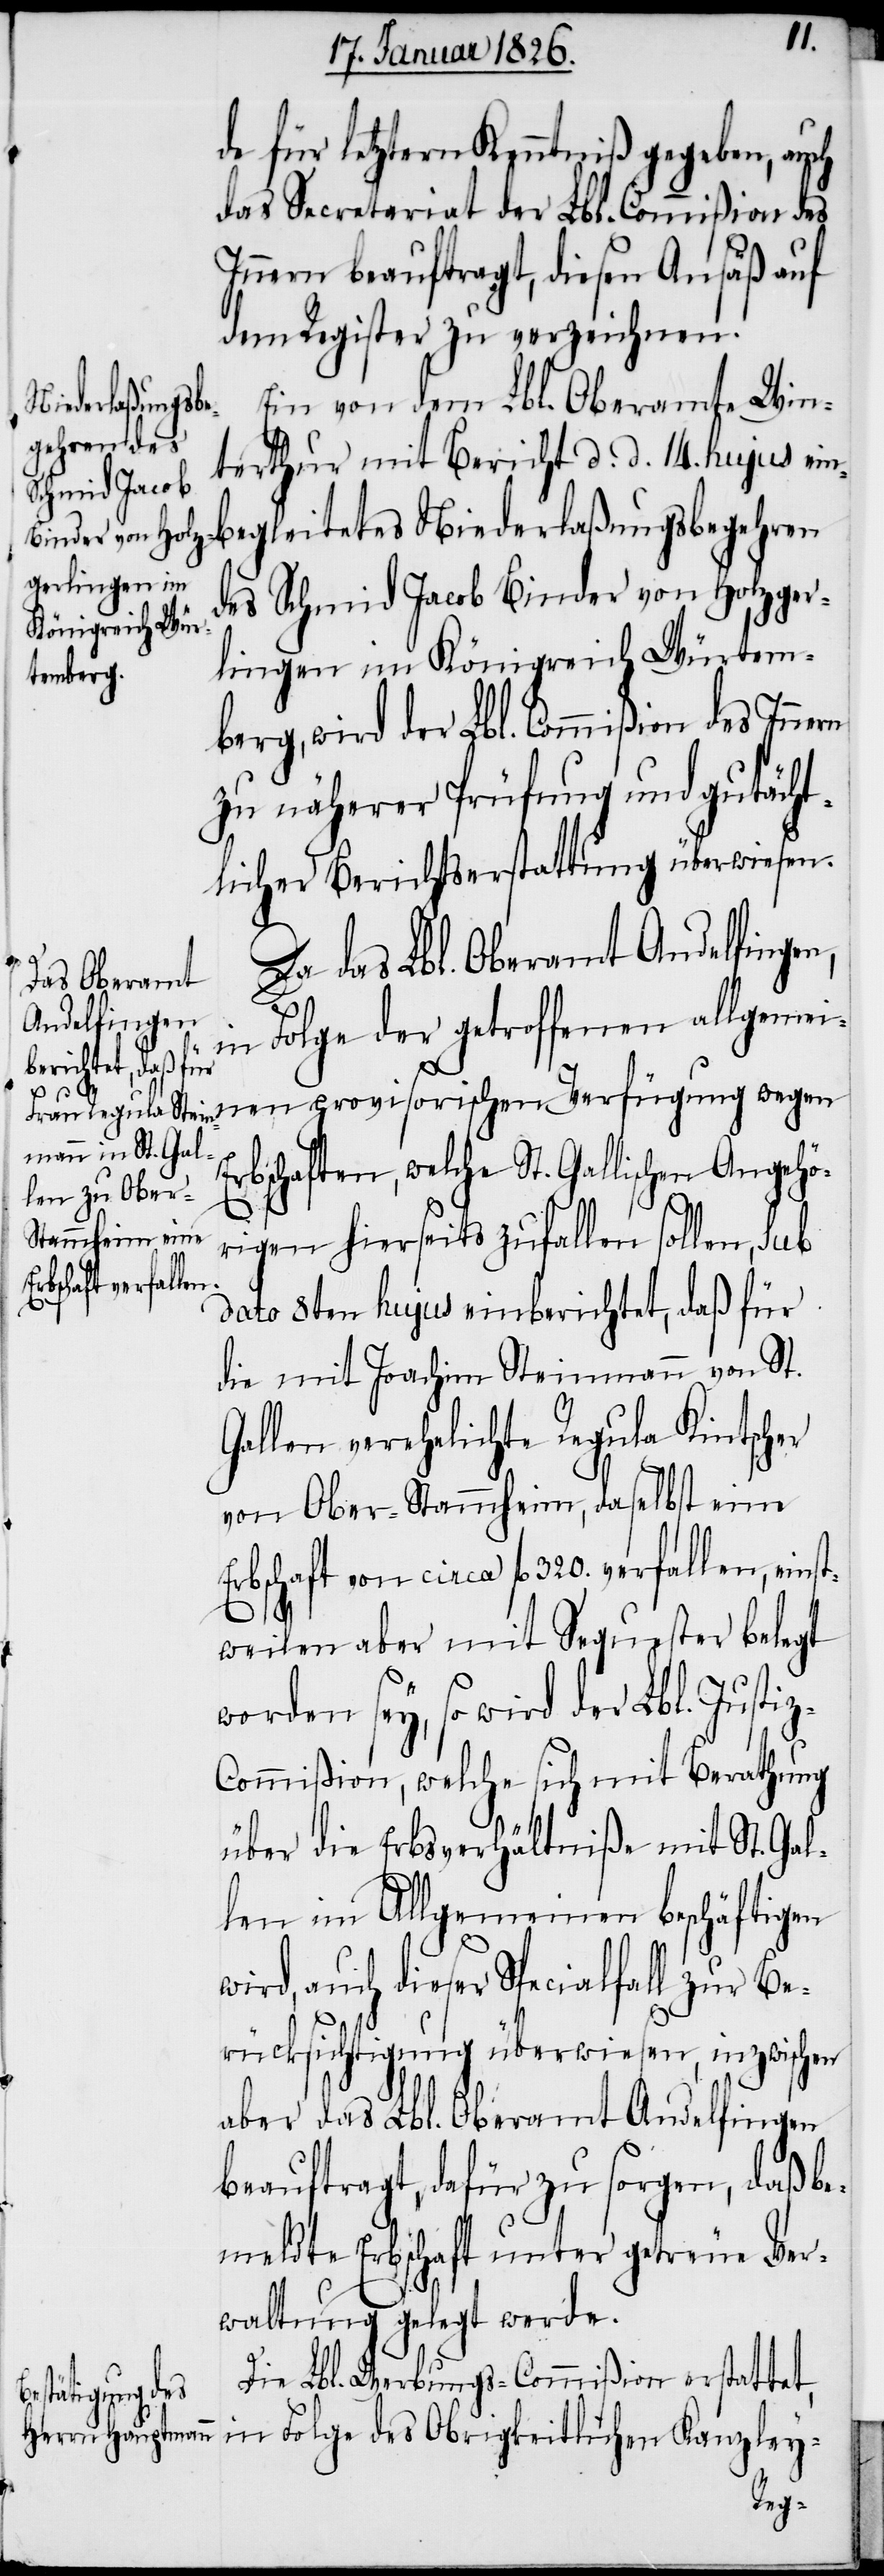
z-C¬

Ein von dem Lbl. Oberamte Win¬
terthur mit Bericht d. d. 14. hujus ein¬
begleitetes Niederlaßungsbegehren
des Schmid Jacob Binder von Holzger¬
lingen im Königreich Würtem¬
berg, wird der Lbl. Commißion des Inne¬
zu näherer Prüfung und gutächt¬
licher Berichtserstattung überwiesen.
Da das Lbl. Oberamt Andelfingen,
in Folge der getroffenen allgemei¬
nen provisorischen Verfügung wegen
Erbschaften, welche St. Gallischen Angehö¬
rigen hierseits zufallen sollen, sub
dato 8ten hujus einberichtet, daß für
die mit Joachim Steinmann von St.
Gallen verehelichte Regula Kintscher
von Ober-Stammheim, daselbst eine
Erbschaft von circa fl. 320. verfallen, einst¬
weilen aber mit Sequester belegt
worden sey, so wird der Lbl. Justi¬
ommißion, welche sich mit Berathung
über die Erbsverhältniße mit St. Gal¬
len im Allgemeinen beschäftigen
wird, auch dieser Specialfall zur Be¬
rücksichtigung überwiesen, inzwischen
aber das Lbl. Oberamt Andelfingen
beauftragt, dafür zu sorgen, daß be¬
meldte Erbschaft unter getreue Ver¬
waltung gelegt werde.
Die Lbl. Werbungs-Commißion erstattet,
in Folge des Obrigkeitlichen Kanzley-